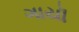
ગાયૉ